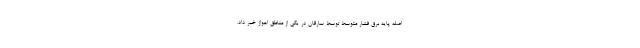
اصله پایه برق فشار متوسط توسط سارقان در یکی از مناطق اهواز خبر داد.